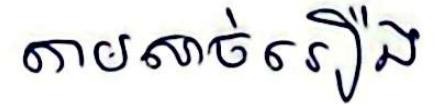
តាមសាច់រឿង